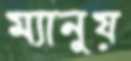
ম্যানুয়